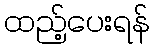
ထည့်ပေးရန်